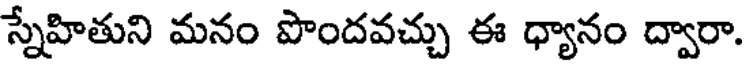
స్నేహితుని మనం పొందవచ్చు ఈ ధ్యానం ద్వారా.